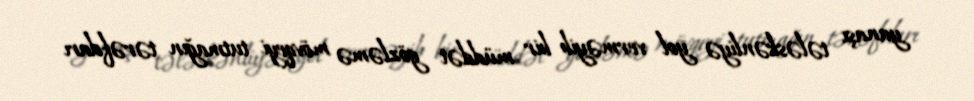
yanaşı tələskənliyə yol verməyib bir müddət gözləmə mövqeyi tutmağın tərəfdarı